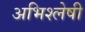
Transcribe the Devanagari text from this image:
अभिश्लेषी